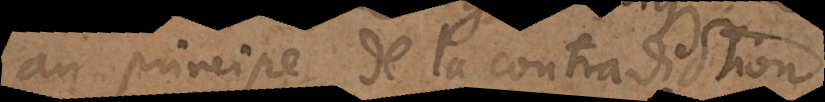
au principe de la contradiction,